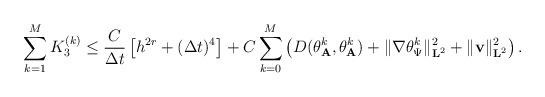
LaTeX: \begin{align*} \sum_{k=1}^{M} K_3^{(k)} \leq \frac{C}{\Delta t}\left[h^{2r}+(\Delta t)^{4}\right] + C\sum_{k=0}^{M}\left(D({\theta}_{\mathbf{A}}^{k}, {\theta}_{\mathbf{A}}^{k})+\|\nabla\theta_{\Psi}^{k}\|_{\mathbf{L}^2}^{2} +\|\mathbf{v}\|_{\mathbf{L}^2}^{2}\right).\end{align*}